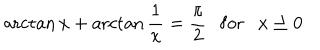
LaTeX: \operatorname { a r c t a n } { x } + \operatorname { a r c t a n } \frac { 1 } { x } = \frac { \pi } { 2 } \mathrm { f o r } x \ge 0